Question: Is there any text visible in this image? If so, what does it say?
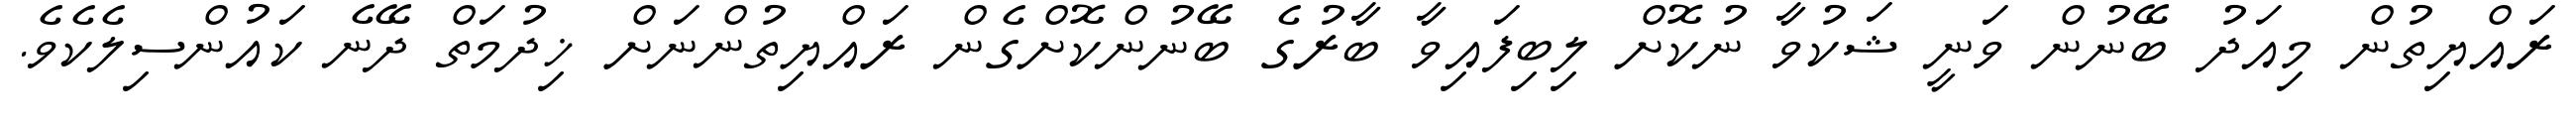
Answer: ރައްޔިތުން މިއަދު ބޭނުން ވަނީ ޝަކުވާ ނުކޮށް ލިބިފައިވާ ބާރުގެ ބޭނުންކޮށްގެން ރައްޔިތުންނަށް ޚިދުމަތް ދޭނެ ކައުންސިލެކެވެ.